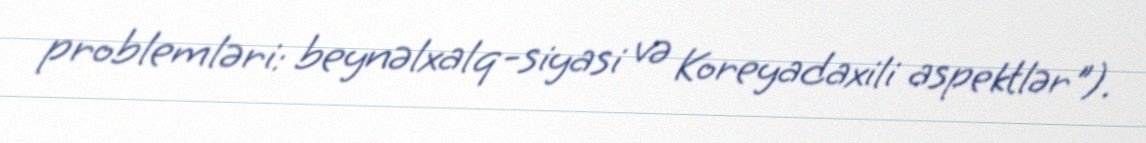
problemləri: beynəlxalq-siyasi və Koreyadaxili aspektlər").